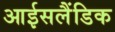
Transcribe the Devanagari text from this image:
आईसलैंडिक